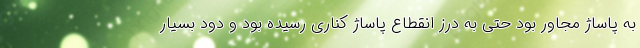
به پاساژ مجاور بود حتی به درز انقطاع پاساژ کناری رسیده بود و دود بسیار